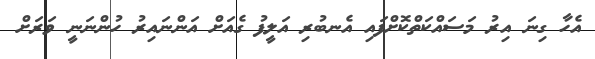
އެހާ ގިނަ އިރު މަސައްކަތްކޮށްފައި އެނބުރި އަލީފު ގެއަށް އަންނައިރު ހުންނަނީ ވަރަށް